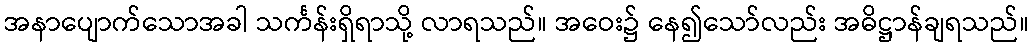
အနာပျောက်သောအခါ သင်္ကန်းရှိရာသို့ လာရသည်။ အဝေး၌ နေ၍သော်လည်း အဓိဋ္ဌာန်ချရသည်။